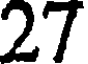
27